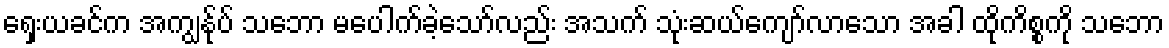
ရှေးယခင်က အကျွန်ုပ် သဘော မပေါက်ခဲ့သော်လည်း အသက် သုံးဆယ်ကျော်လာသော အခါ ထိုကိစ္စကို သဘော